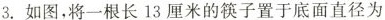
3.如图，将一根长13厘米的筷子置于底面直径为